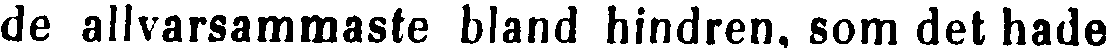
de allvarsammaste bland hindren, som det hade